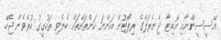
އޭސީސީންނާއި އޮޑިޓާ ޖެނެރަލްގެ ރިޕޯޓުން އަންނަ ކަންތައްތައް ބެލެވި ތަހުގީގު ކުރެވެން ޖެހޭ.